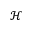
\mathcal { H }